Report on the lunatic asylums under the Government of Bombay - 1904-1913
Year: 1904
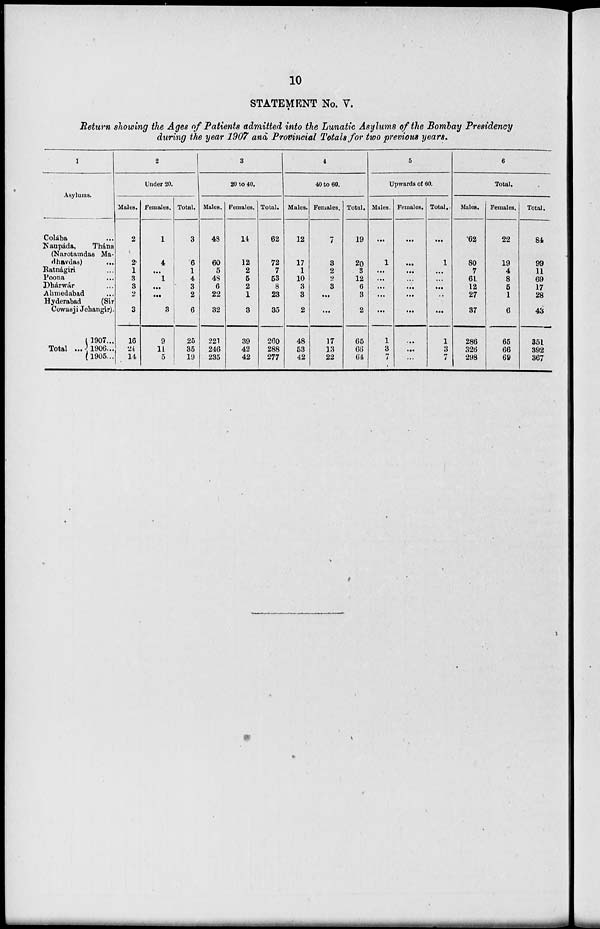
10
STATEMENT No. V.
Return showing the Ages of Patients admitted into the Lunatic Asylums of the Bombay Presidency
during the year 1907 and Provincial Totals for two previous years.
1
Asylums.
Colába
Naupáda,
Thána
(Narotamdas Ma¬
dhavdas)
Ratnágiri ...
Poona ...
Dhárwár
Ahmedabad
Hyderabad
(Sir
Cowasji Jehangir).
Total ...
1907...
1906...
1905...
2
Under 20.
Males.
2
2
1
3
3
2
3
16
24
14
Females.
1
4
...
1
...
...
3
9
11
5
Total.
3
6
1
4
3
2
6
25
35
19
3
20 to 40.
Males.
48
60
5
48
6
22
32
221
246
235
Females.
14
12
2
5
2
1
3
39
42
42
Total.
62
72
7
53
8
23
35
260
288
277
4
40 to 60.
Males.
12
17
1
10
3
3
2
48
53
42
Females.
7
3
2
2
3
...
...
17
13
22
Total.
19
20
3
12
6
3
2
65
66
64
5
Upwards of 60.
Males.
...
1
...
...
...
...
...
1
3
7
Females.
...
...
...
...
...
...
...
...
...
...
Total.
...
1
...
...
...
..
...
1
3
7
6
Total.
Males.
62
80
7
61
12
27
37
286
326
298
Females.
22
19
4
8
5
1
6
65
66
69
Total.
84
99
11
69
17
28
43
351
392
367